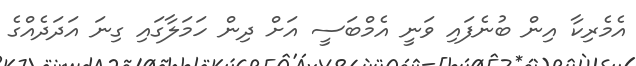
އެމެރިކާ އިން ބުނެފައި ވަނީ އެމްބަސީ އަށް ދިން ހަމަލާގައި ގިނަ އަދަދެއްގެ